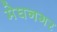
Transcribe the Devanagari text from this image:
मेघनगर